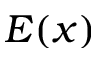
E ( x )